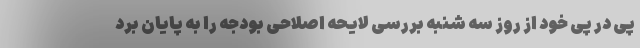
پی در پی خود از روز سه شنبه بررسی لایحه اصلاحی بودجه را به پایان برد